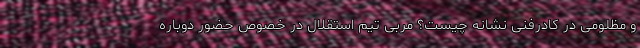
و مظلومی در کادرفنی نشانه چیست؟ مربی تیم استقلال در خصوص حضور دوباره